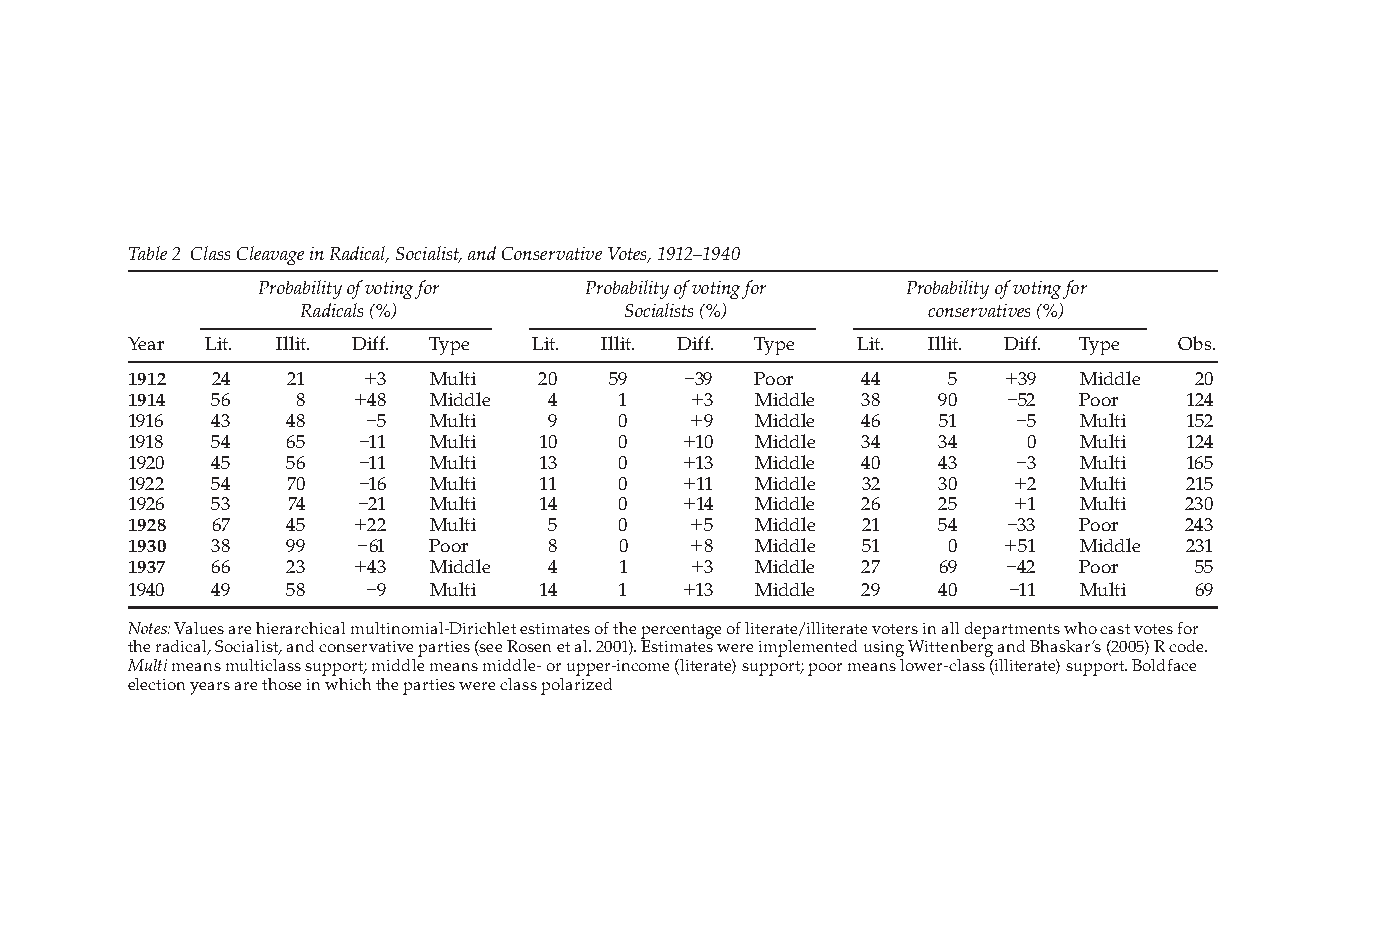
Table 2 Class Cleavage in Radical, Socialist, and Conservative Votes, 1912–1940
 Probability of voting for Probability of voting for Probability of voting for
 Radicals (%)         Socialists (%)      conservatives (%)
 Year Lit. Illit. Diff. Type Lit. Illit. Diff. Type Lit. Illit. Diff. Type Obs.
 1912  24   21   +3  Multi  20   59   –39  Poor   44   5   +39  Middle  20
 1914  56   8   +48  Middle  4    1   +3   Middle 38   90  –52  Poor   124
 1916  43   48   –5  Multi   9    0   +9   Middle 46   51   –5  Multi  152
 1918  54   65   –11 Multi  10    0   +10  Middle 34   34    0  Multi  124
 1920  45   56   –11 Multi  13    0   +13  Middle 40   43   –3  Multi  165
 1922  54   70   –16 Multi  11    0   +11  Middle 32   30   +2  Multi  215
 1926  53   74  –21  Multi  14    0   +14  Middle 26   25   +1  Multi  230
 1928  67   45  +22  Multi   5    0   +5   Middle 21   54  –33  Poor   243
 1930  38   99  –61  Poor    8    0   +8   Middle 51   0   +51  Middle 231
 1937  66   23  +43  Middle  4    1   +3   Middle 27   69  –42  Poor    55
 1940  49   58   –9  Multi  14    1   +13  Middle 29   40   –11 Multi   69
 Notes: Values are hierarchical multinomial-Dirichlet estimates of the percentage of literate/illiterate voters in all departments who cast votes for
 the radical, Socialist, and conservative parties (see Rosen et al. 2001). Estimates were implemented using Wittenberg and Bhaskar’s (2005) R code.
 Multi means multiclass support; middle means middle- or upper-income (literate) support; poor means lower-class (illiterate) support. Boldface
 election years are those in which the parties were class polarized
 PP44993366..iinnddbb
 7722
 1122//99/
 /008
 8
 6 6:
 :4 42
 2:
 :2 26
 6
 A AM
 M